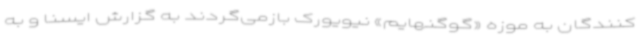
کنندگان به موزه «گوگنهایم» نیویورک بازمی‌گردند به گزارش ایسنا و به